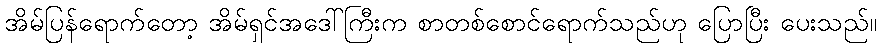
အိမ်ပြန်ရောက်တော့ အိမ်ရှင်အဒေါ်ကြီးက စာတစ်စောင်ရောက်သည်ဟု ပြောပြီး ပေးသည်။